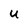
Character: U